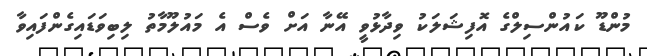
މުންޑޫ ކައުންސިލްގެ އޮފިޝަލަކު ވިދާޅުވީ އޭނާ އަށް ވެސް އެ މައުލޫމާތު ލިބިވަޑައިގެންފައިވާ